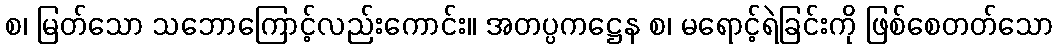
စ၊ မြတ်သော သဘောကြောင့်လည်းကောင်း။ အတပ္ပကဋ္ဌေန စ၊ မရောင့်ရဲခြင်းကို ဖြစ်စေတတ်သော